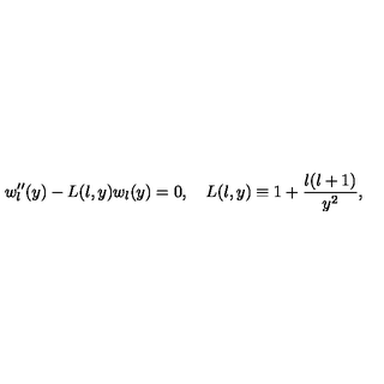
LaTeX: w _ { l } ^ { \prime \prime } ( y ) - L ( l , y ) w _ { l } ( y ) = 0 , \quad L ( l , y ) \equiv 1 + \frac { l ( l + 1 ) } { y ^ { 2 } } ,